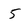
Character: 5